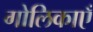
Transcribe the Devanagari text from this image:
गोलिकाएँ